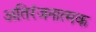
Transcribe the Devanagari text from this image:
अतिरंजनात्मक